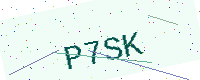
Text: P7SK